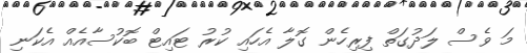
މަ ވެސް ލަދުގަތް ފިރިހެން ގޮލާ އެހައި ކުރު ޓައިޓް ބޮކުސާއެއް އެކަނި